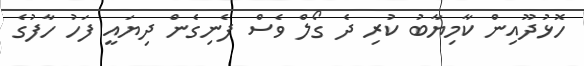
ހޮޅުދޫއިން ކާމިޔާބު ކުރި ދެ ގޯލް ވެސް ފެނިގެން ދިޔައީ ފަހު ހާފުގެ